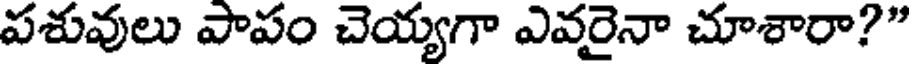
పశువులు పాపం చెయ్యగా ఎవరైనా చూశారా?"